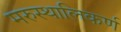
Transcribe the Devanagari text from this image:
मरुस्थालिकर्ण